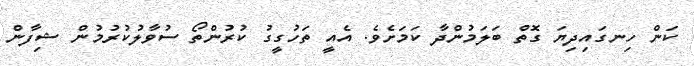
ކަން ހިނގައިދިޔަ ގޮތް ބަލަމުންދާ ކަމަށެވެ. އެއީ ތަހުގީގު ކުރުންތޯ ސުވާލުކުރުމުން ޝިފާން